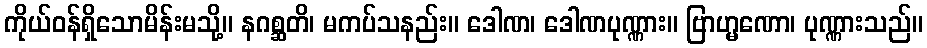
ကိုယ်ဝန်ရှိသောမိန်းမသို့။ နဂစ္ဆတိ၊ မကပ်သနည်း။ ဒေါဏ၊ ဒေါဏပုဏ္ဏား။ ဗြာဟ္မဏော၊ ပုဏ္ဏားသည်။